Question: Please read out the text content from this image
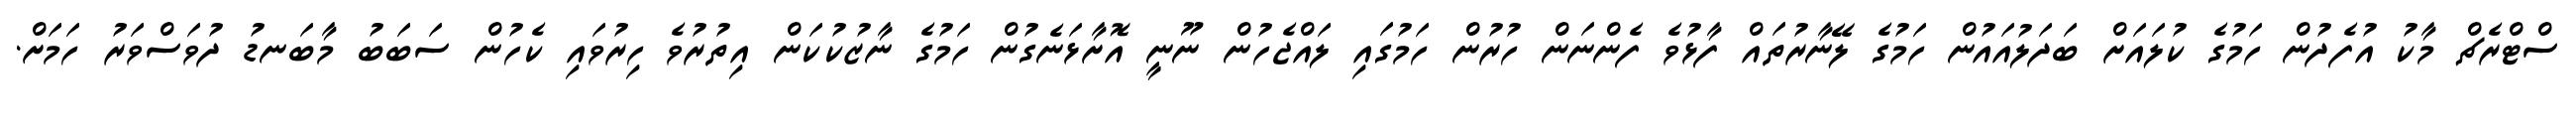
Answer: ސްޓްރެޗް މާކު އުފެދުން ހަމުގެ ކުލައަށް ބަދަލުއައުން ހަމުގެ ލޭނާރުތައް ފާޅުވެ ފެންނަން ހުރުން ހަމުގައި ލައްޖެހުން ނޫނީ އޮށާޅަނެގުން ހަމުގެ ނާޒުކުކަން އިތުރުވެ ހިރުވައި ކެހުން ސަބަބު މާބަނޑު ދުވަސްވަރު ހަމަށް.